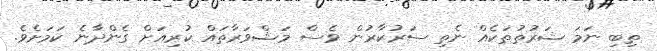
ތިބި ނަމަ ޝަރުތުތަކެއް ނެތި ސަރުކާރުން ވެސް މަޝްވަރާތައް ކުރިއަށް ގެންދާނެ ކަމަށެވެ.